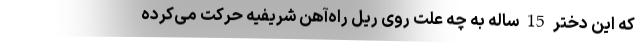
که این دختر 15 ساله به چه علت روی ریل راه‌آهن شریفیه حرکت می‌کرده